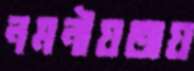
নমনীয়তায়